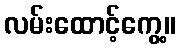
လမ်းထောင့်ကွေ့။